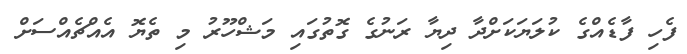
ފެހި ފާޑެއްގެ ކުލަޔަކަށްދާ ދިޔާ ރަނުގެ ގޮތުގައި މަޝްހޫރު މި ތެޔޮ އެއްޗެއްސަށް